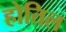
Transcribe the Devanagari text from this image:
होतिल